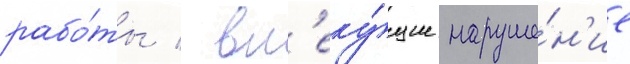
рабо́ты / вл'еку́щие наруше́н'ие